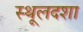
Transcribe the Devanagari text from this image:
स्थूलदशा